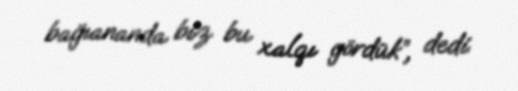
bağıananda biz bu xalqı gördük”, dedi.